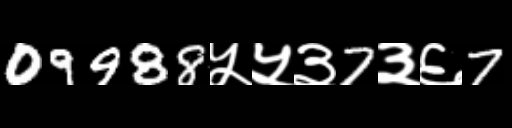
Text: 09988५५३7३६7